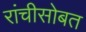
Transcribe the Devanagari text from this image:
रांचीसोबत